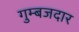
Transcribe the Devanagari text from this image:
गुम्बजदार